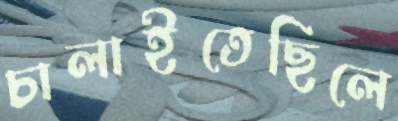
চালাইতেছিলে